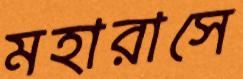
মহারাসে